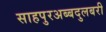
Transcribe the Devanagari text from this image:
साहपुरअब्बदुलबरी